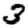
Digit: 3